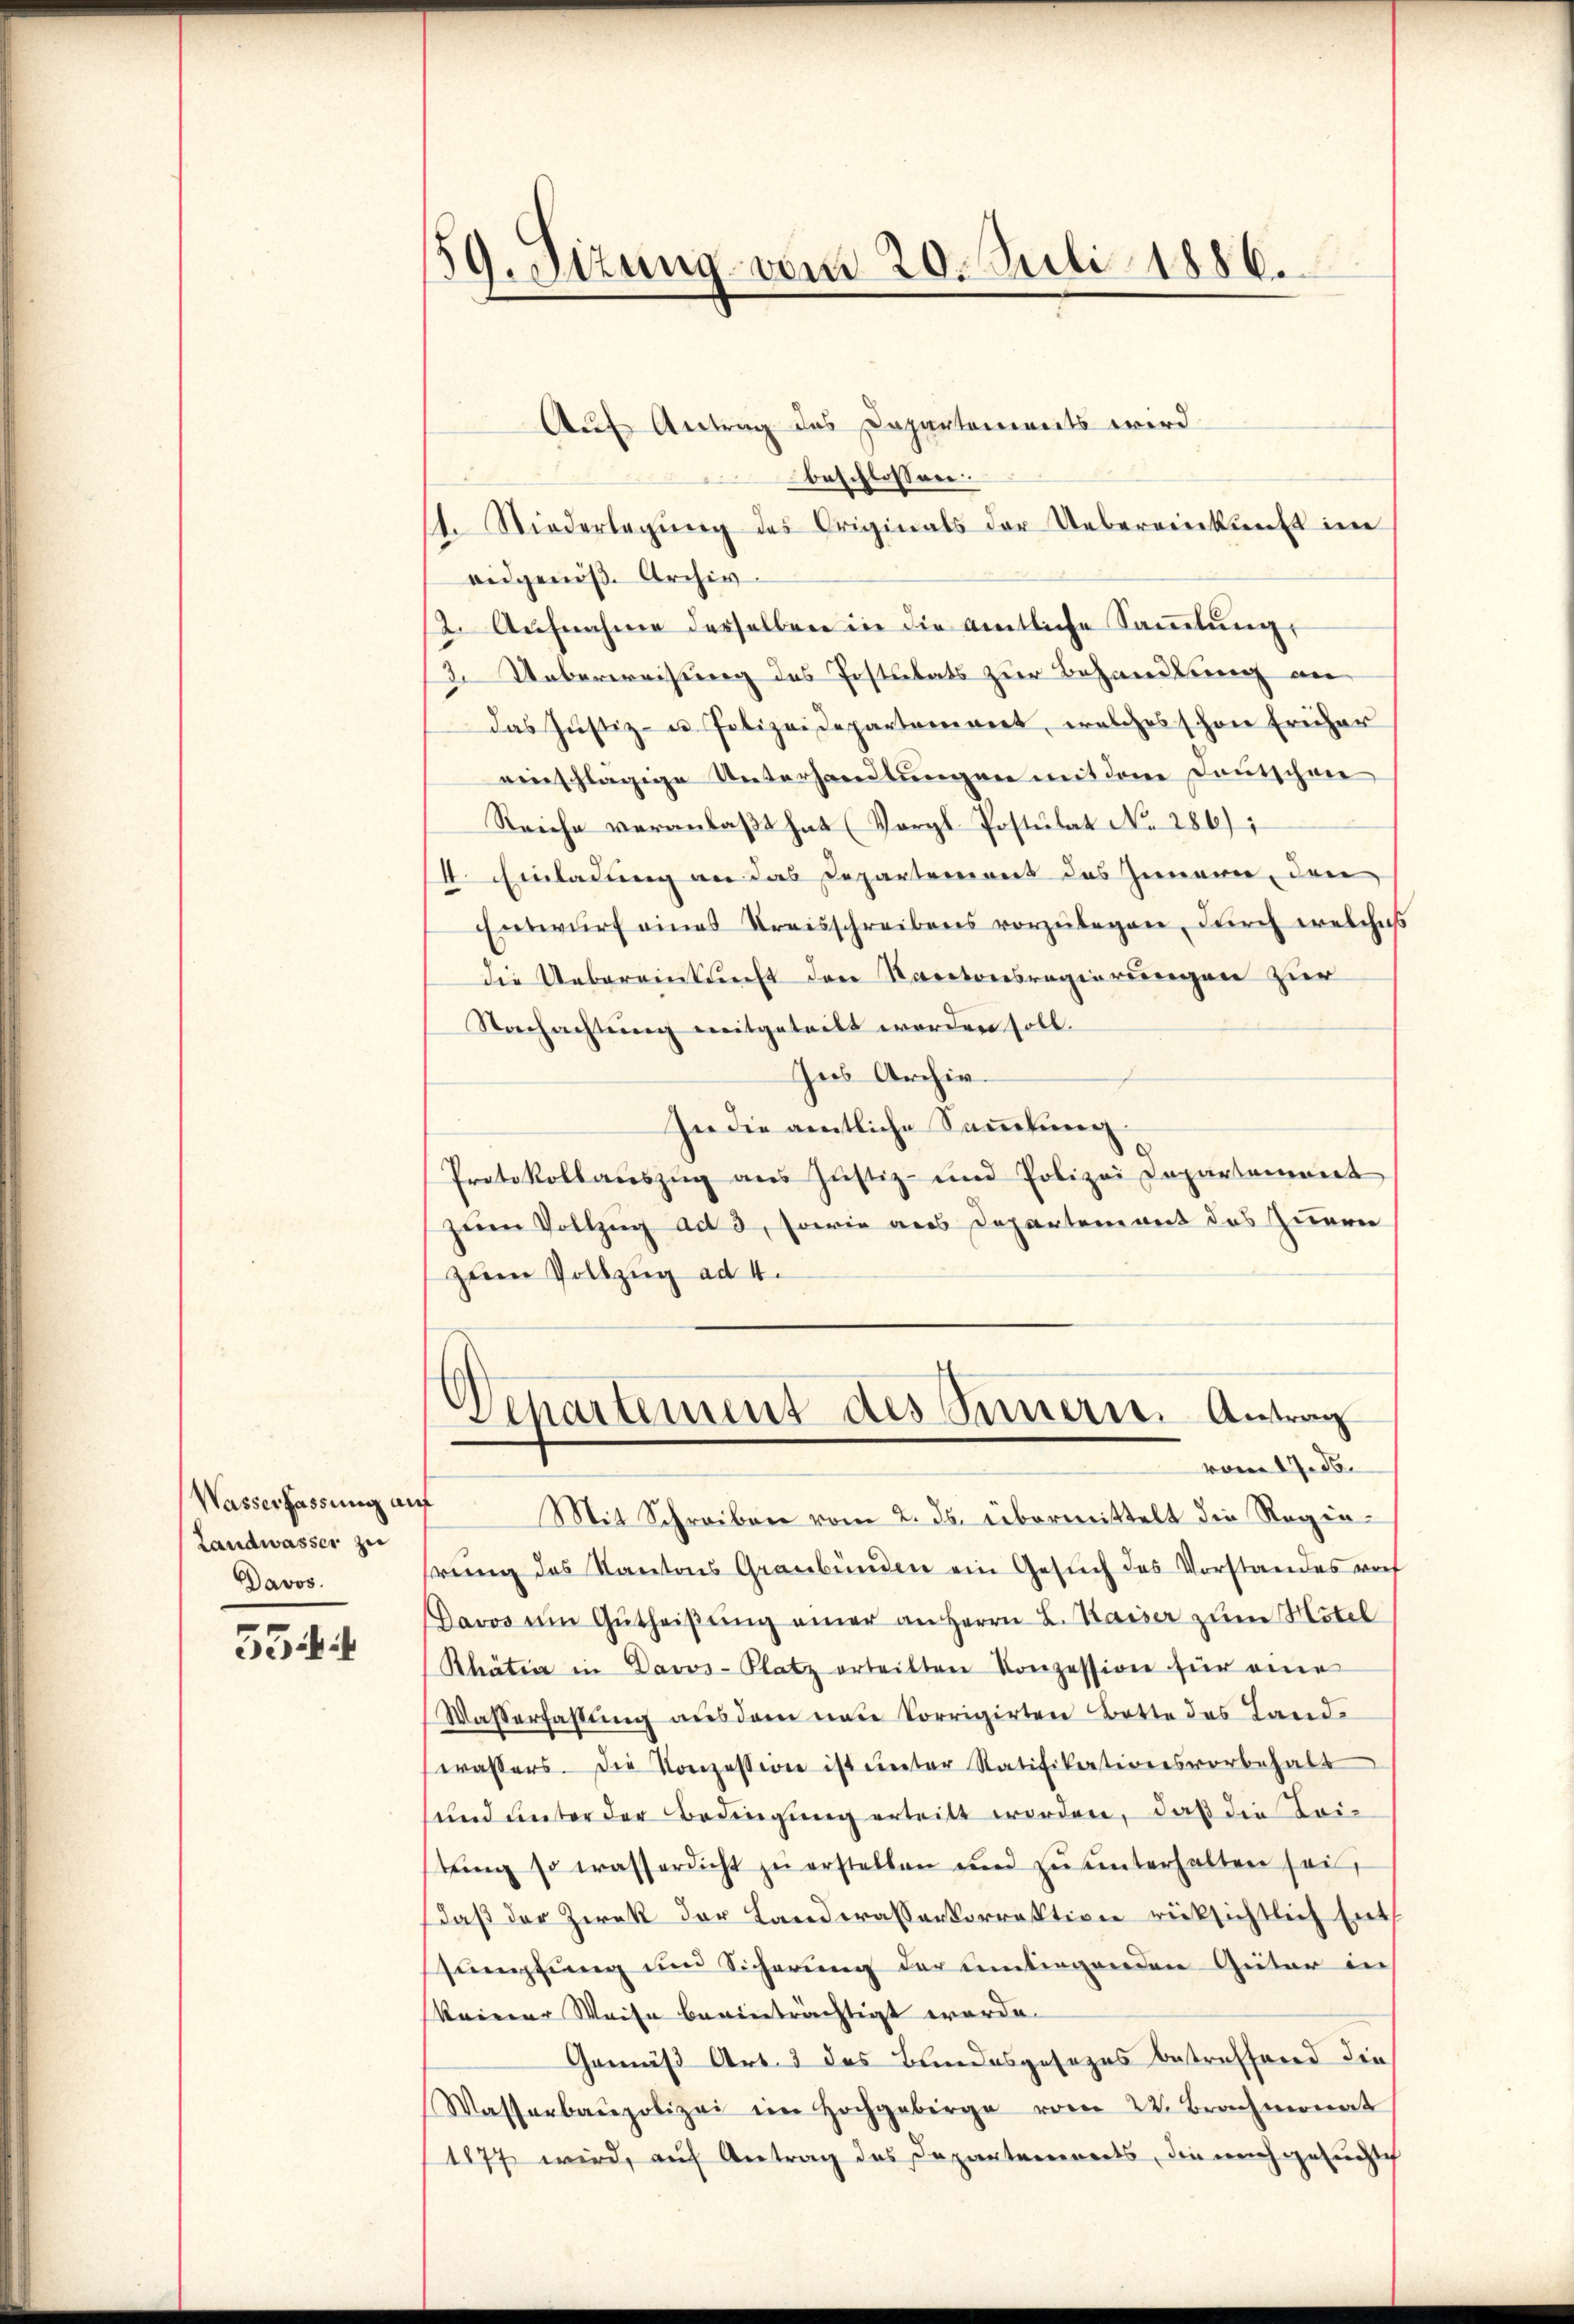
Wasserfassung auf
Landwasser zu
Davos.

354

59. Sizung vom 20. Juli 1886.

Auf Antrag des Dapartements wird
beschlossen:
1. Niederlegŭng des Originals der Uebereinkunft im
eidgenöse Archiv.
2. Aŭfnahme derselben in die amtliche Saṁlŭng,
2. Ueberweisung des Postulats zur Behandlung an
Das Justiz- u. Polizeidepartement, welches schon früher
einschlägige Unterhandlungen mit dem Deutschen
Reiche veranlaßt hat (Vergl. Postulat No. 286)
14. Einladung an das Departement des Zimann, den
Entwŭrf eines Kreisschreibens vorzŭlegen, durch welches
die Uebereinkunft den Kantonsregierungen zur
Nachachtung mitgeteilt werden soll.
Ins Archiv.
In die amtliche Sammlung
Protokollauszug aus Justiz- und Polizei Capartement
zum Vollzug ad 3, sowie aus Departement des Zuern
zum Vollzug ad 4.

Separtement des Sinnern. Antrag
vom 17. ds.

Mit Schreiben vom 2. ds. übermittelt die Regierŭng des Kantons Graubünden ein Gesŭch des Vorstandes vot
Davos im Gŭtheiβŭng einer an Herrn L. Kaiser zum Mitel
Rhätia in Davos- Platz erteilten Konzession für eine
Wasserfassung aus dem neue Corrigirten Botte des Land-
wassers. Die Konzession ist unter Ratifikationsvorbehalt
und unter der Bedingung erteilt worden, daß die Leitŭng so wasserdicht zŭ erstellen und zŭ ŭnterhalten sei,
daß der Zwek der Landerassenkorrektion rücksichtlich Ents
sumpfung und Sicherung der umliegenden Güter in
keiner Weise beeinträchtigt werde.
Gemäß Art. 3 des Bundesgesezes betreffend die
Wasserbaupolizei im Hochgebirge vom 22. Brachmonat
1877 wird, auf Antrag des Departemonts, die nachgesuchich